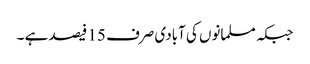
جبکہ مسلمانوں کی آبادی صرف 15 فیصد ہے ۔